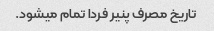
تاریخ مصرف پنیر فردا تمام میشود.